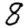
Digit: 8